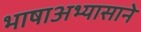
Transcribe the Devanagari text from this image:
भाषाअभ्यासाने